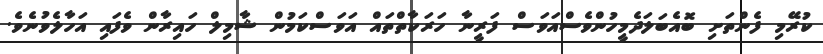
ކުރޭމި ފެންތަށި ބޮއެބަލަދެމީހުންވެސްއަވަސް ފަރީނާ ހަރަކާތްތައް އަވަސްކަމުން ޝާމިލް ހައިރާން ވެފައި އަހާލެވުނެވެ.